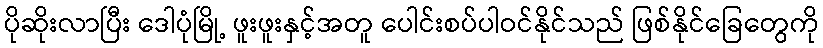
ပိုဆိုးလာပြီး ဒေါပုံမြို့ ဖူးဖူးနှင့်အတူ ပေါင်းစပ်ပါဝင်နိုင်သည် ဖြစ်နိုင်ခြေတွေကို